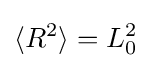
\langle R^{2}\rangle =L_{0}^{2}